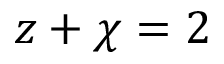
z + \chi = 2